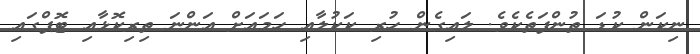
ނިކަން ކުޑަ ތުންފަތެކެވެ. ލައިގެން ހުރި ކަކުލާއި ހަމައަށް އަންނަ ތިރިކޮޅާއި ޓޮޕްގައި